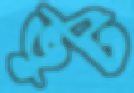
ভুট